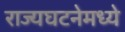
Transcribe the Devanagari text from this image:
राज्यघटनेमध्ये